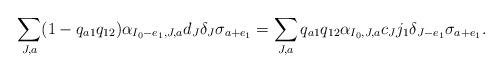
LaTeX: \begin{align*}\sum_{J,a}(1-q_{a1}q_{12})\alpha_{I_0-e_1,J,a}d_J \delta_J \sigma_{a+e_1} =\sum_{J,a}q_{a1} q_{12}\alpha_{I_0,J,a} c_J j_1\delta_{J-e_1} \sigma_{a+e_1}.\end{align*}